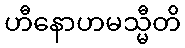
ဟီနောဟမသ္မီတိ